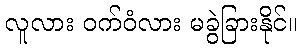
လူလား ဝက်ဝံလား မခွဲခြားနိုင်။